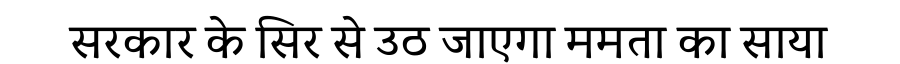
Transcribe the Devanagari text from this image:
सरकार के सिर से उठ जाएगा ममता का साया